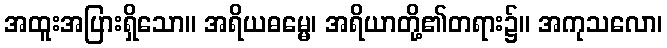
အထူးအပြားရှိသော။ အရိယဓမ္မေ၊ အရိယာတို့၏တရား၌။ အကုသလော၊